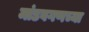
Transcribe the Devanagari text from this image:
मांडवगणच्या